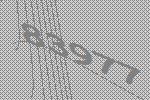
83977